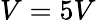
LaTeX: V=5V